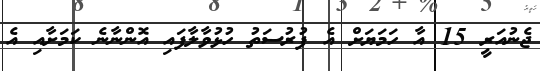
ޖެނުއަރީ 15 އާ ހަމަޔަށް އެ ފުރުސަތު ހުޅުވާލާފައި އޮންނާނެ ކަމަށާއި އެ